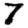
Digit: 7